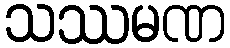
သဿမဏ